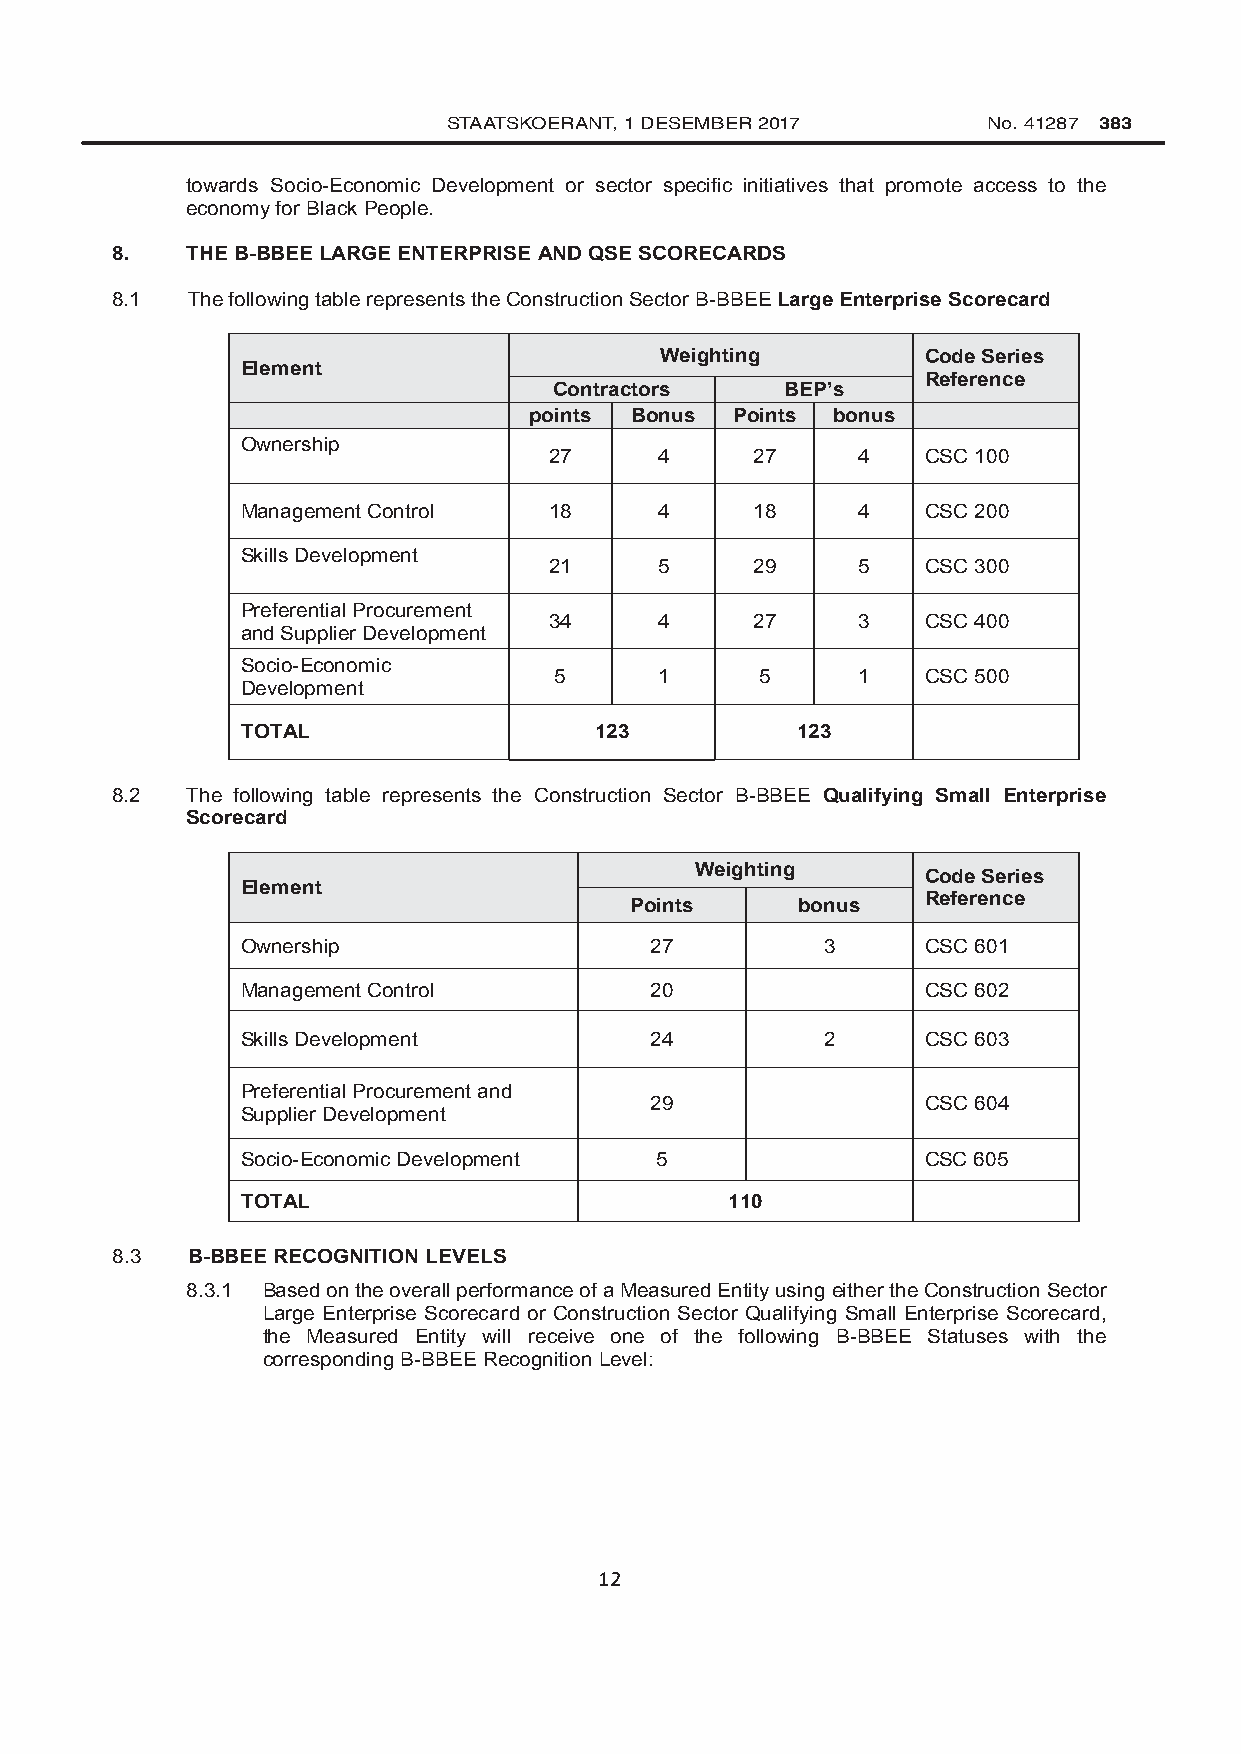
STAATSKOERANT, 1 DESEMBER 2017     No. 41287 383
 towards Socio-Economic Development or sector specific initiatives that promote access to the
 economy for Black People.
 8.   THE B-BBEE LARGE ENTERPRISE AND QSE SCORECARDS
 8.1  The following table represents the Construction Sector B-BBEE Large Enterprise Scorecard
 Weighting        Code Series
 Element
 Reference
 Contractors    BEP’s
 points Bonus Points bonus
 Ownership
 27      4     27     4   CSC 100
 Management Control  18      4     18     4   CSC 200
 Skills Development
 21      5     29     5   CSC 300
 Preferential Procurement
 34      4     27     3   CSC 400
 and Supplier Development
 Socio-Economic
 5      1     5      1   CSC 500
 Development
 TOTAL                  123           123
 8.2  The following table represents the Construction Sector B-BBEE Qualifying Small Enterprise
 Scorecard
 Weighting      Code Series
 Element
 Points     bonus   Reference
 Ownership                  27          3     CSC 601
 Management Control         20                CSC 602
 Skills Development         24          2     CSC 603
 Preferential Procurement and
 29                CSC 604
 Supplier Development
 Socio-Economic Development 5                 CSC 605
 TOTAL                           110
 8.3  B-BBEE RECOGNITION LEVELS
 8.3.1 Based on the overall performance of a Measured Entity using either the Construction Sector
 Large Enterprise Scorecard or Construction Sector Qualifying Small Enterprise Scorecard,
 the Measured Entity will receive one of the following B-BBEE Statuses with the
 corresponding B-BBEE Recognition Level:
 12